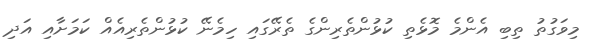
މިވަގުތު ތިބި އެންމެ މޮޅެތި ކުޅުންތެރިންގެ ތެރޭގައި ހިމެނޭ ކުޅުންތެރިއެއް ކަމަށާއި އަދި